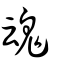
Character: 䰟